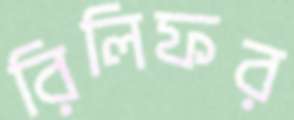
রিলিফর